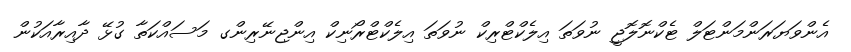
އެންވަޔަރަންމަންޓަލް ޓެކްނޮލޮޖީ ނުވަތަ އިލެކްޓްރިކް ނުވަތަ އިލެކްޓްރޯނިކް އިންޖިނޭރިންގ މަސައްކަތާ ގުޅޭ ދާއިރާއަކުން